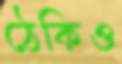
ঠেকিও